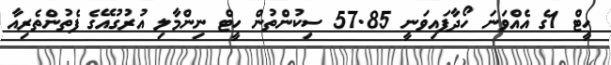
ހީޓް 1ގެ އެއްވަނަ ހޯދާފައިވަނީ 57.85 ސިކުންތުން ހީޓް ނިންމާލި އުރުގުއޭގެ ފެތުންތެރިއާ